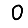
Digit: 0